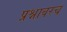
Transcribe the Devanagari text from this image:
प्रश्नावरच